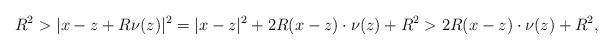
LaTeX: \begin{align*}R^2>|x-z+R\nu(z)|^2=|x-z|^2+2R(x-z)\cdot\nu(z)+R^2> 2R(x-z)\cdot\nu(z)+R^2,\end{align*}